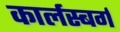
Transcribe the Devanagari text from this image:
कार्लस्बर्ग